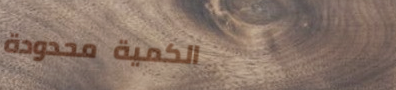
الكمية محدودة